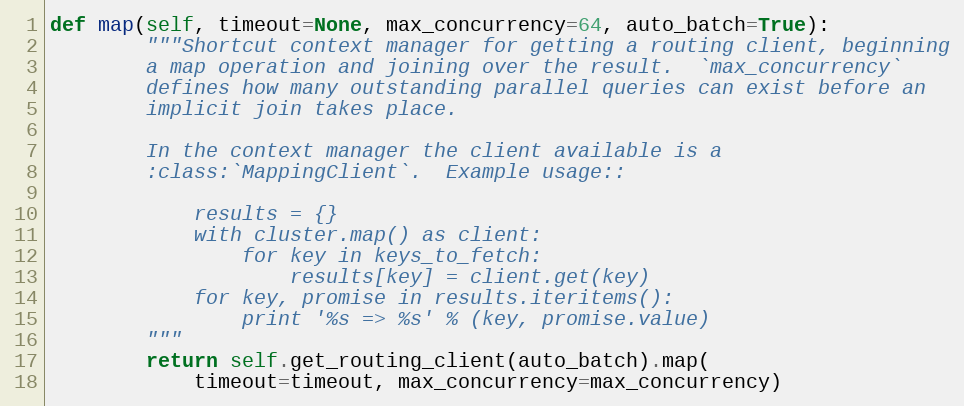
Language: Python
def map(self, timeout=None, max_concurrency=64, auto_batch=True):
        """Shortcut context manager for getting a routing client, beginning
        a map operation and joining over the result.  `max_concurrency`
        defines how many outstanding parallel queries can exist before an
        implicit join takes place.

        In the context manager the client available is a
        :class:`MappingClient`.  Example usage::

            results = {}
            with cluster.map() as client:
                for key in keys_to_fetch:
                    results[key] = client.get(key)
            for key, promise in results.iteritems():
                print '%s => %s' % (key, promise.value)
        """
        return self.get_routing_client(auto_batch).map(
            timeout=timeout, max_concurrency=max_concurrency)